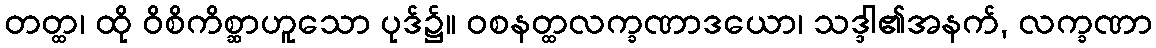
တတ္ထ၊ ထို ဝိစိကိစ္ဆာဟူသော ပုဒ်၌။ ဝစနတ္ထလက္ခဏာဒယော၊ သဒ္ဒါ၏အနက်, လက္ခဏာ